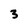
Character: 3